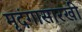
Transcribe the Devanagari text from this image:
मृदंगासारखी